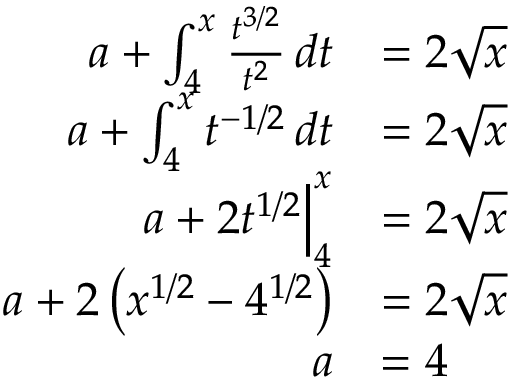
\begin{array} { r l } { a + \int _ { 4 } ^ { x } \frac { t ^ { 3 / 2 } } { t ^ { 2 } } \, d t } & { = 2 \sqrt { x } } \\ { a + \int _ { 4 } ^ { x } t ^ { - 1 / 2 } \, d t } & { = 2 \sqrt { x } } \\ { a + 2 t ^ { 1 / 2 } \Big | _ { 4 } ^ { x } } & { = 2 \sqrt { x } } \\ { a + 2 \left( x ^ { 1 / 2 } - 4 ^ { 1 / 2 } \right) } & { = 2 \sqrt { x } } \\ { a } & { = 4 } \end{array}